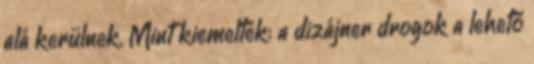
alá kerülnek. Mint kiemelték: a dizájner drogok a lehető